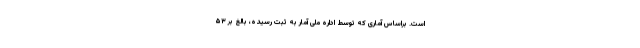
است. براساس آماری که توسط اداره ملی آمار به ثبت رسیده، بالغ بر ۵۳